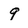
Character: 9